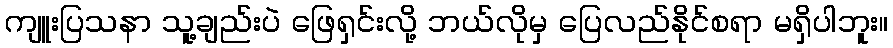
ကျူးပြသနာ သူ့ချည်းပဲ ဖြေရှင်းလို့ ဘယ်လိုမှ ပြေလည်နိုင်စရာ မရှိပါဘူး။